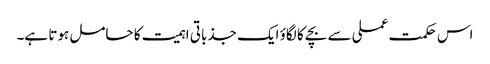
اس حکمت عملی سے بچے کا لگاؤ ایک جذباتی اہمیت کا حامل ہوتا ہے۔